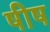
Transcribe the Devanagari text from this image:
षीष